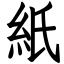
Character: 紙